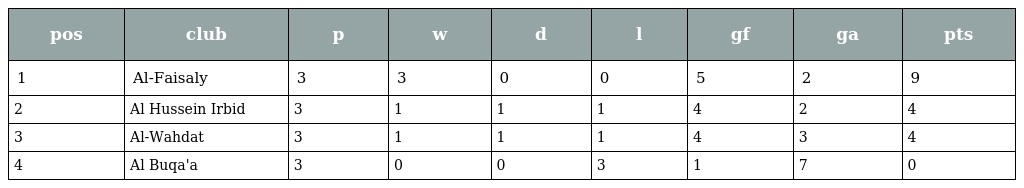
| pos | club | p | w | d | l | gf | ga | pts |
 | --- | --- | --- | --- | --- | --- | --- | --- | --- |
 | 1 | Al-Faisaly | 3 | 3 | 0 | 0 | 5 | 2 | 9 |
 | 2 | Al Hussein Irbid | 3 | 1 | 1 | 1 | 4 | 2 | 4 |
 | 3 | Al-Wahdat | 3 | 1 | 1 | 1 | 4 | 3 | 4 |
 | 4 | Al Buqa'a | 3 | 0 | 0 | 3 | 1 | 7 | 0 |